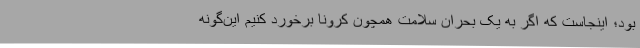
بود؛ اینجاست که اگر به یک بحران سلامت همچون کرونا برخورد کنیم این‌گونه